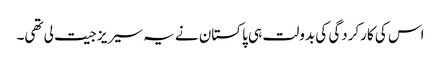
اس کی کارکردگی کی بدولت ہی پاکستان نے یہ سیریز جیت لی تھی۔